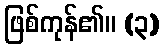
ဖြစ်ကုန်၏။ (၃)